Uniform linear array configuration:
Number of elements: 16
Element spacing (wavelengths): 0.75
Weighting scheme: kaiser
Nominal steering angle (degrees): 15
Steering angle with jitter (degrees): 13.137
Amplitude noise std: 0.05
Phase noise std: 0.05

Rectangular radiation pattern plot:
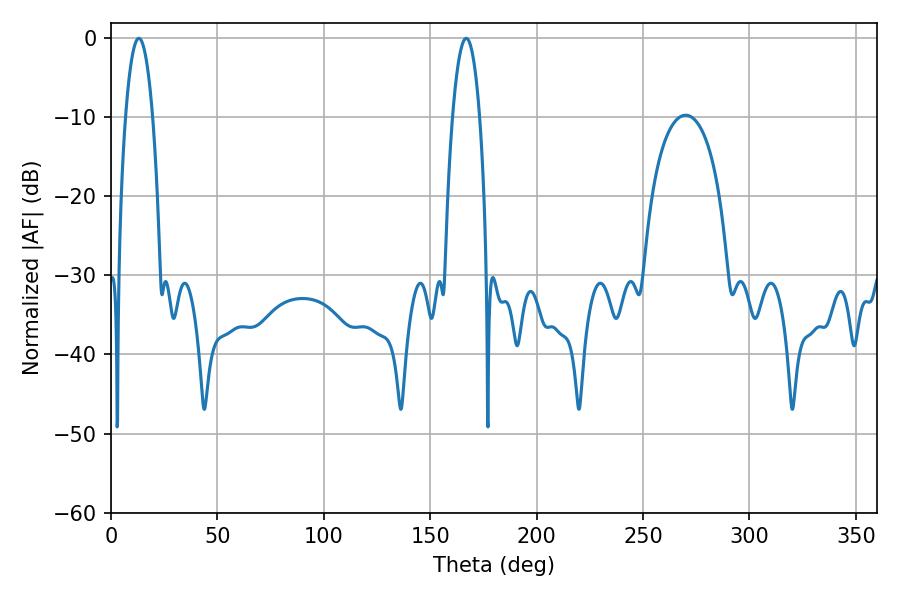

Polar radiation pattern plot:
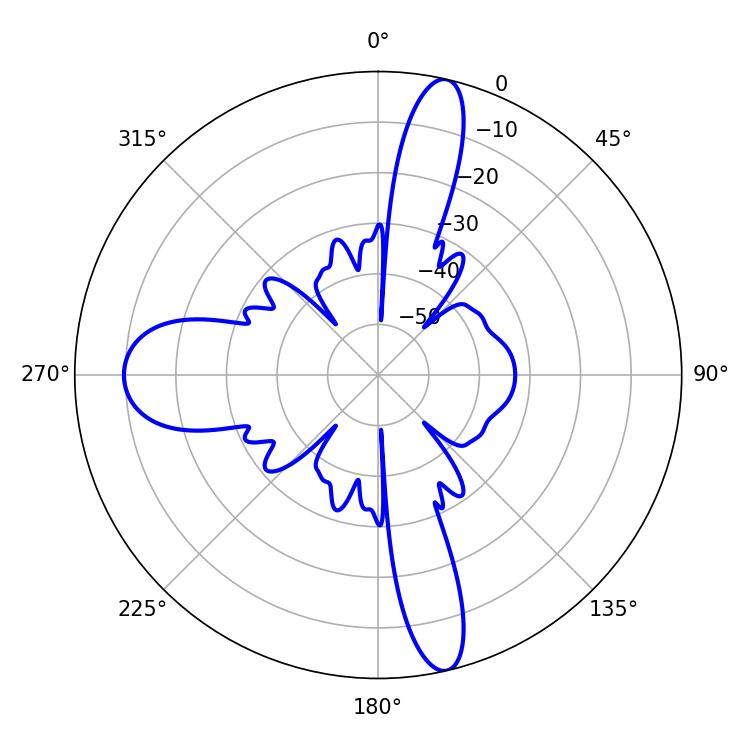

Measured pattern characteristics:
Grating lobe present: TRUE
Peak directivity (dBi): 19.075
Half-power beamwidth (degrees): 7.02
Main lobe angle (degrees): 13.14